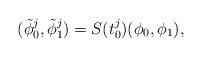
LaTeX: \begin{align*}(\tilde{\phi}_{0}^{j}, \tilde{\phi}_{1}^{j}) = S(t_{0}^{j})(\phi_{0}, \phi_{1}),\end{align*}